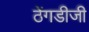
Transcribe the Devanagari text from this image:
ठेंगडीजी